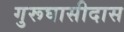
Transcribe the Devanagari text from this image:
गुरूघासीदास